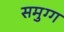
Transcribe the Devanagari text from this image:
समुग्ग